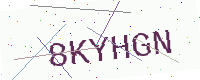
Text: 8KYHGN